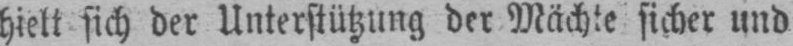
hielt sich der Unterstützung der Mächte sicher und